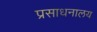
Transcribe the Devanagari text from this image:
प्रसाधनालय